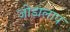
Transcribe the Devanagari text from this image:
जोड़ालाप